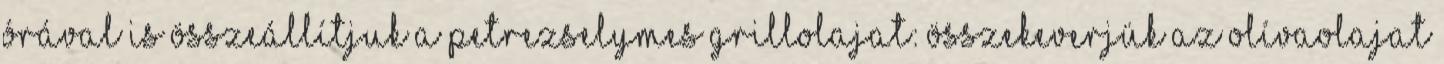
órával is összeállítjuk a petrezselymes grillolajat: összekeverjük az olívaolajat